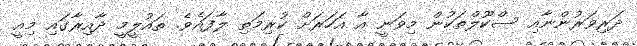
ދަރިވަރުންނާއި ސްކޫލްތަކުން މިވަނީ އާ އަހަރަށް ކުރިމަތި ލާފައެވެ. ތައުލީމީ ދާއިރާގައި މިއީ